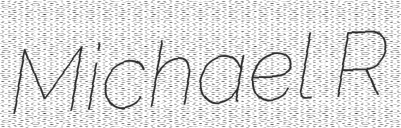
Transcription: Michael R